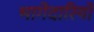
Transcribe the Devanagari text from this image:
भागेदारियों